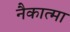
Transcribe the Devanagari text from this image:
नैकात्मा